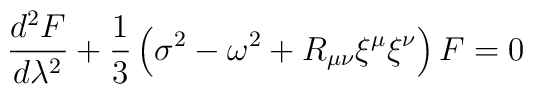
\frac{d^{2}F}{d\lambda^{2}} + \frac{1}{3}\left ( \sigma^{2} -\omega^{2} + R_{\mu\nu}\xi^{\mu}\xi^{\nu} \right ) F = 0